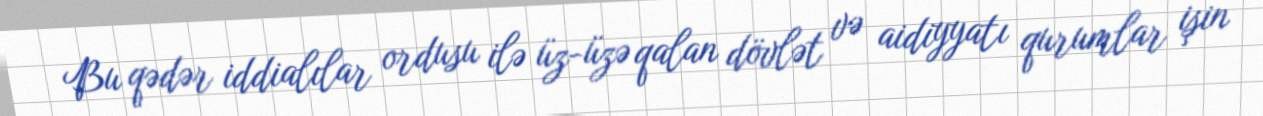
Bu qədər iddialılar ordusu ilə üz-üzə qalan dövlət və aidiyyatı qurumlar işin